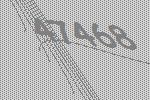
47468